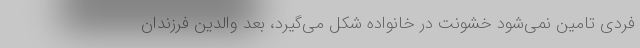
فردی تامین نمی‌شود خشونت در خانواده شکل می‌گیرد، بعد والدین فرزندان